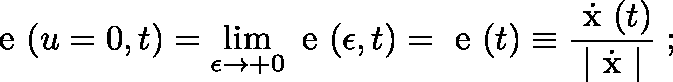
{ \mathrm { \boldmath ~ e ~ } } ( u = 0 , t ) = \operatorname * { l i m } _ { \epsilon \rightarrow + 0 } { \mathrm { \boldmath ~ e ~ } } ( \epsilon , t ) = { \mathrm { \boldmath ~ e ~ } } ( t ) \equiv \frac { \dot { \mathrm { \boldmath ~ x ~ } } ( t ) } { | \dot { \mathrm { \boldmath ~ x ~ } } | } \; ;